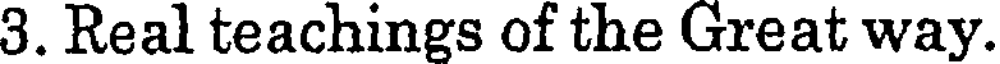
3. Real teachings of the Great way.